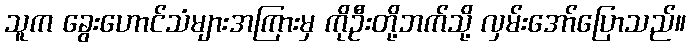
သူက ခွေးဟောင်သံများအကြားမှ ကိုဦးတို့ဘက်သို့ လှမ်းအော်ပြောသည်။